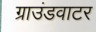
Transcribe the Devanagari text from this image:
ग्राउंडवाटर